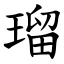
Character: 瑠